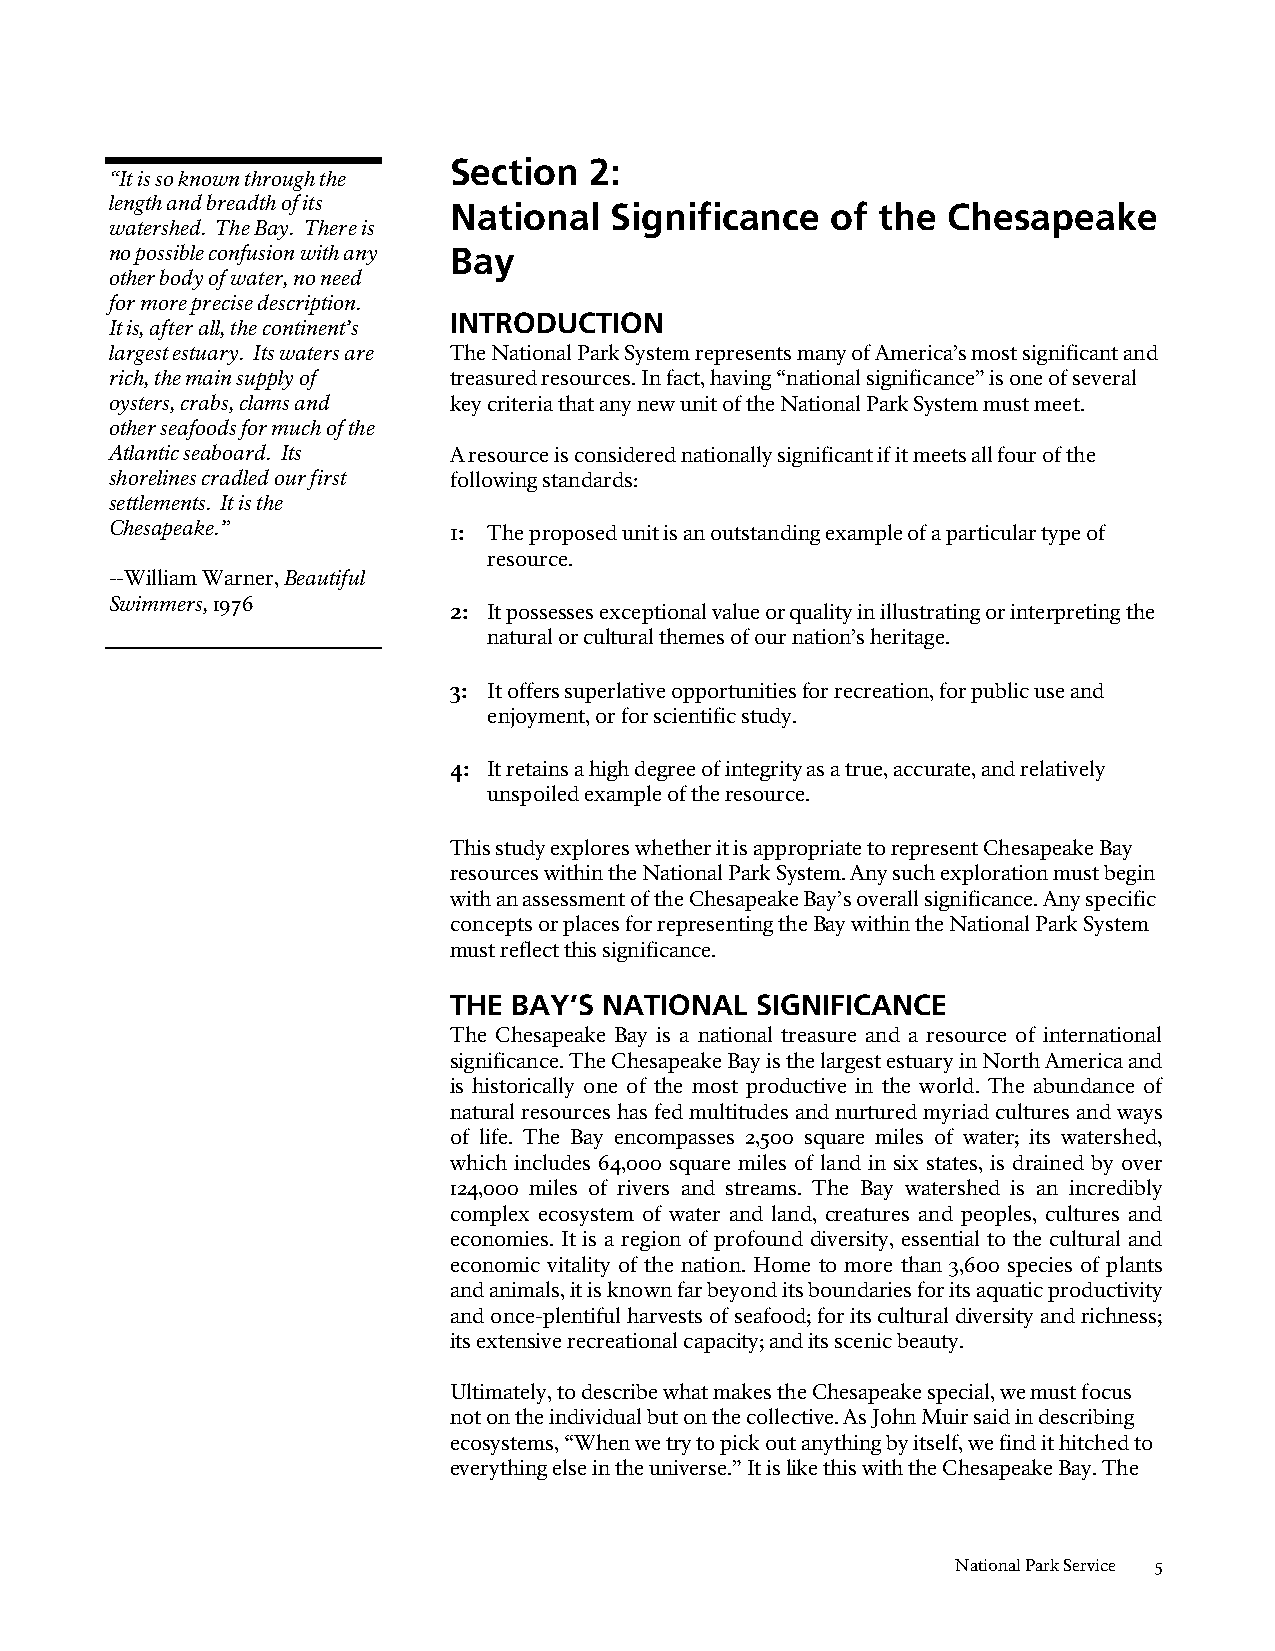
Section  2:
 “It is so known through the
 length and breadth of its National Significance of the  Chesapeake
 watershed. The Bay. There is
 no possible confusion with any Bay
 other body of water, no need
 for more precise description.
 INTRODUCTION
 It is, after all, the continent’s
 largest estuary. Its waters are The National Park System represents many of America’s most significant and
 rich, the main supply of treasured resources. In fact, having “national significance” is one of several
 oysters, crabs, clams and key criteria that any new unit of the National Park System must meet.
 other seafoods for much of the
 Atlantic seaboard. Its A resource is considered nationally significant if it meets all four of the
 shorelines cradled our first following standards:
 settlements. It is the
 Chesapeake.”           1: The proposed unit is an outstanding example of a particular type of
 resource.
 --William Warner, Beautiful
 Swimmers, 1976
 2: It possesses exceptional value or quality in illustrating or interpreting the
 natural or cultural themes of our nation’s heritage.
 3: It offers superlative opportunities for recreation, for public use and
 enjoyment, or for scientific study.
 4: It retains a high degree of integrity as a true, accurate, and relatively
 unspoiled example of the resource.
 This study explores whether it is appropriate to represent Chesapeake Bay
 resources within the National Park System. Any such exploration must begin
 with an assessment of the Chesapeake Bay’s overall significance. Any specific
 concepts or places for representing the Bay within the National Park System
 must reflect this significance.
 THE BAY’S NATIONAL  SIGNIFICANCE
 The Chesapeake Bay is a national treasure and a resource of international
 significance. The Chesapeake Bay is the largest estuary in North America and
 is historically one of the most productive in the world. The abundance of
 natural resources has fed multitudes and nurtured myriad cultures and ways
 of life. The Bay encompasses 2,500 square miles of water; its watershed,
 which includes 64,000 square miles of land in six states, is drained by over
 124,000 miles of rivers and streams. The Bay watershed is an incredibly
 complex ecosystem of water and land, creatures and peoples, cultures and
 economies. It is a region of profound diversity, essential to the cultural and
 economic vitality of the nation. Home to more than 3,600 species of plants
 and animals, it is known far beyond its boundaries for its aquatic productivity
 and once-plentiful harvests of seafood; for its cultural diversity and richness;
 its extensive recreational capacity; and its scenic beauty.
 Ultimately, to describe what makes the Chesapeake special, we must focus
 not on the individual but on the collective. As John Muir said in describing
 ecosystems, “When we try to pick out anything by itself, we find it hitched to
 everything else in the universe.” It is like this with the Chesapeake Bay. The
 National Park Service 5